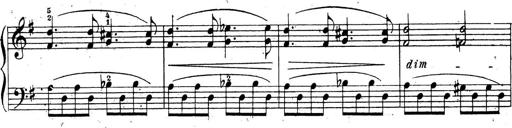
Title: 10 Sonatinas
Composer: Fritz Spindler